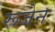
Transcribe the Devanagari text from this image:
रूजेन